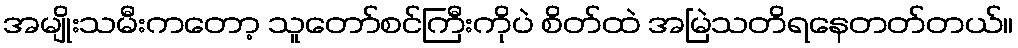
အမျိုးသမီးကတော့ သူတော်စင်ကြီးကိုပဲ စိတ်ထဲ အမြဲသတိရနေတတ်တယ်။